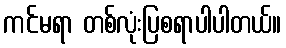
ကင်မရာ တစ်လုံးပြစရာပါပါတယ်။